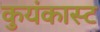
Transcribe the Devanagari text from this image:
कुयंकास्ट